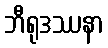
ဘီရုဒဿနာ